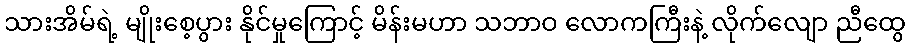
သားအိမ်ရဲ့ မျိုးစေ့ပွား နိုင်မှုကြောင့် မိန်းမဟာ သဘာဝ လောကကြီးနဲ့ လိုက်လျော ညီထွေ